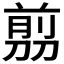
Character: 𠞽